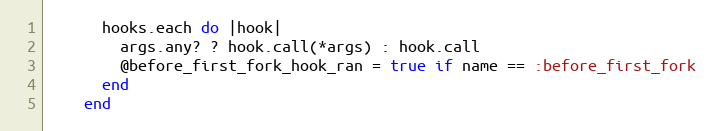
Language: Ruby
      hooks.each do |hook|
        args.any? ? hook.call(*args) : hook.call
        @before_first_fork_hook_ran = true if name == :before_first_fork
      end
    end